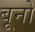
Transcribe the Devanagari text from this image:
बूनो